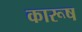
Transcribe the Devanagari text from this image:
कारूष